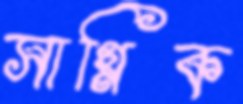
সাগ্নিক